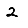
Digit: 2